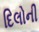
દિલોની